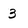
Character: 3